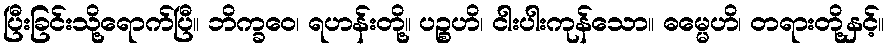
ပြီးခြင်းသို့ရောက်ပြီ။ ဘိက္ခဝေ၊ ရဟန်းတို့။ ပဉ္စဟိ၊ ငါးပါးကုန်သော။ ဓမ္မေဟိ၊ တရားတို့နှင့်။